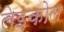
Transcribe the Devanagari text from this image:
लेइकोल